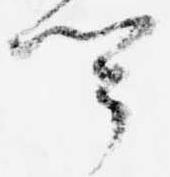
聞